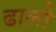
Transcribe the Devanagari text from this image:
ढालो